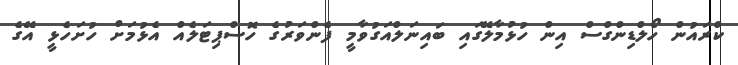
ކްރައުން ހޯލްޑިންގްސް އިން ހުޅުމާލޭގައި ބައިނަލްއަގުވާމީ ފެންވަރުގެ ހޮސްޕިޓަލެއް އެޅުމަށް ހުށަހެޅީ އޭގެ